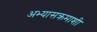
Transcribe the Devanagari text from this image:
अभ्यासक्रमाशी